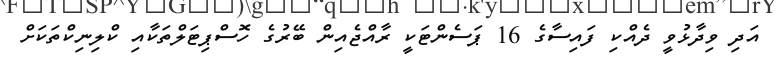
އަދި ވިދާޅުވީ ދެއްކި ފައިސާގެ 16 ޕަސެންޓަކީ ރާއްޖެއިން ބޭރުގެ ހޮސްޕިޓަލްތަކާއި ކްލިނިކްތަކަށް